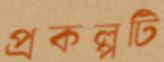
প্রকল্পটি